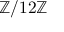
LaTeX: \mathbb { Z } / 1 2 \mathbb { Z }